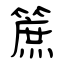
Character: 䉀